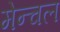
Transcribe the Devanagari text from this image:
मेन्चल